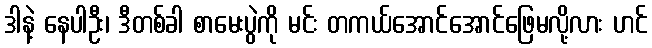
ဒါနဲ့ နေပါဦး၊ ဒီတစ်ခါ စာမေးပွဲကို မင်း တကယ်အောင်အောင်ဖြေမလို့လား ဟင်